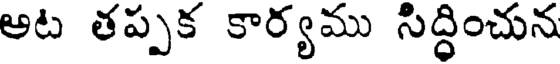
అట తప్పక కార్యము సిద్ధించున